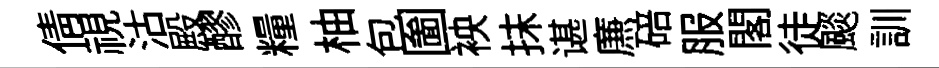
倩視沽殿醪糧柚包圗䘧抹谌㢘碚服閣徒颷訓